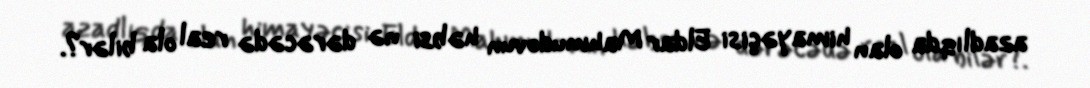
azadlıqda olan himayəçisi Eldar Mahmudovun həbsi nə dərəcədə real ola bilər?.